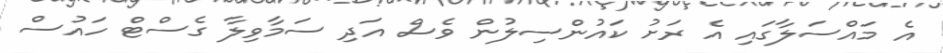
އެ މައްސަލާގައި އެ ރަށު ކައުންސިލުން ވެސް އަދި ސަމާވިލާ ގެސްޓް ހައުސް